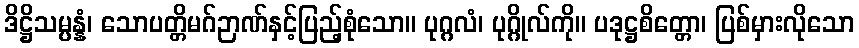
ဒိဋ္ဌိသမ္ပန္နံ၊ သောပတ္တိမဂ်ဉာဏ်နှင့်ပြည့်စုံသော။ ပုဂ္ဂလံ၊ ပုဂ္ဂိုလ်ကို။ ပဒုဋ္ဌစိတ္တော၊ ပြစ်မှားလိုသော